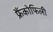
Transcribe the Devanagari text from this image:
फ्रैंकोफिली